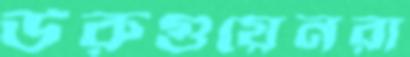
উরুগুয়েনরা